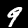
Digit: 9